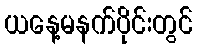
ယနေ့မနက်ပိုင်းတွင်